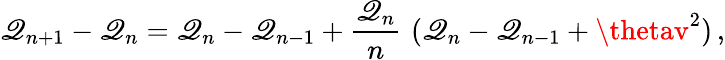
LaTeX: \mathscr{Q}_{n+1}-\mathscr{Q}_{n}=\mathscr{Q}_{n}-\mathscr{Q}_{n-1}+{\frac{{\mathscr{Q}_{n}}}{{n}}}\, \, (\mathscr{Q}_{n}-\mathscr{Q}_{n-1}+\thetav^{2})\, ,